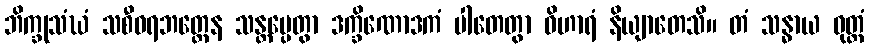
ဘိက္ခုသံဃံ သစီဝရဘတ္တေန သန္တပ္ပေတွာ ဒက္ခိဏောဒကံ ပါတေတွာ ဝိဟာရံ နိယျာတေသိ။ တံ သန္ဓာယ ဝုတ္တံ